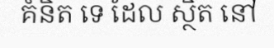
គំនិត ទេ ដែល ស្ថិត នៅ